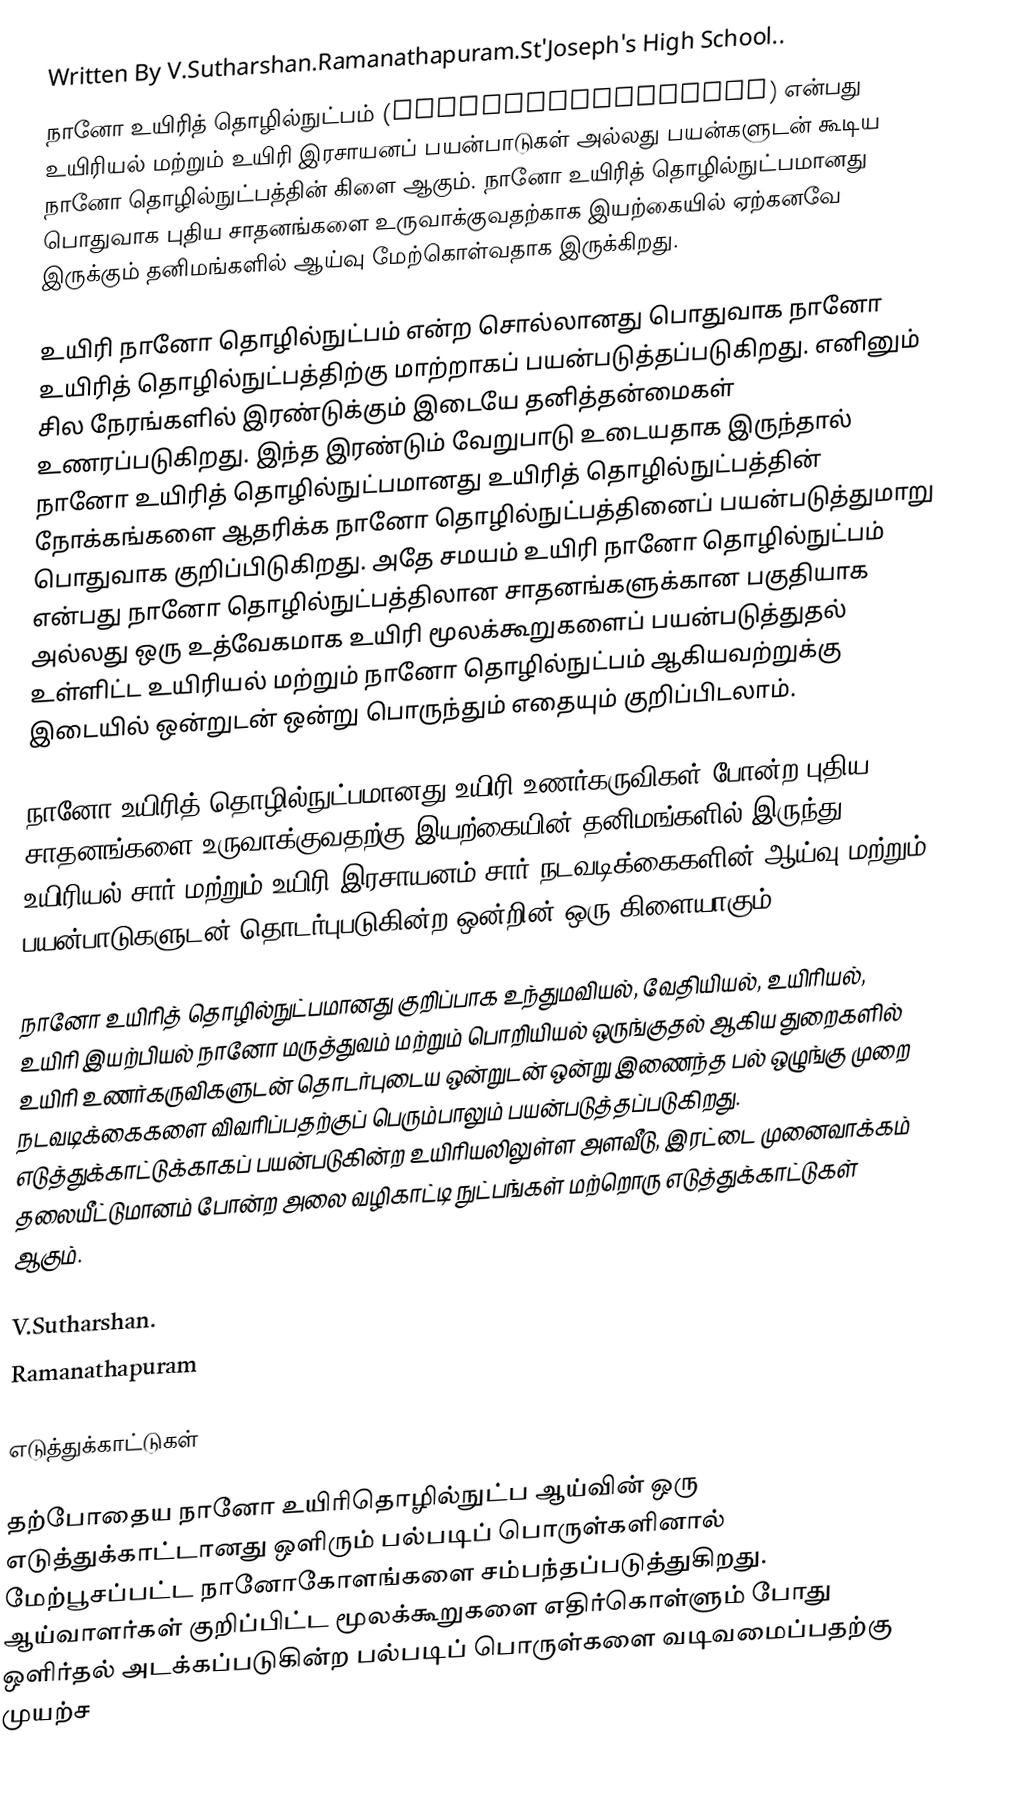
Written By V.Sutharshan.Ramanathapuram.St'Joseph's High School..
நானோ உயிரித் தொழில்நுட்பம் (nanobiotechnology) என்பது உயிரியல் மற்றும் உயிரி இரசாயனப் பயன்பாடுகள் அல்லது பயன்களுடன் கூடிய நானோ தொழில்நுட்பத்தின் கிளை ஆகும். நானோ உயிரித் தொழில்நுட்பமானது பொதுவாக புதிய சாதனங்களை உருவாக்குவதற்காக இயற்கையில் ஏற்கனவே இருக்கும் தனிமங்களில் ஆய்வு மேற்கொள்வதாக இருக்கிறது.

உயிரி நானோ தொழில்நுட்பம் என்ற சொல்லானது பொதுவாக நானோ உயிரித் தொழில்நுட்பத்திற்கு மாற்றாகப் பயன்படுத்தப்படுகிறது. எனினும் சில நேரங்களில் இரண்டுக்கும் இடையே தனித்தன்மைகள் உணரப்படுகிறது. இந்த இரண்டும் வேறுபாடு உடையதாக இருந்தால் நானோ உயிரித் தொழில்நுட்பமானது உயிரித் தொழில்நுட்பத்தின் நோக்கங்களை ஆதரிக்க நானோ தொழில்நுட்பத்தினைப் பயன்படுத்துமாறு பொதுவாக குறிப்பிடுகிறது. அதே சமயம் உயிரி நானோ தொழில்நுட்பம் என்பது நானோ தொழில்நுட்பத்திலான சாதனங்களுக்கான பகுதியாக அல்லது ஒரு உத்வேகமாக உயிரி மூலக்கூறுகளைப் பயன்படுத்துதல் உள்ளிட்ட உயிரியல் மற்றும் நானோ தொழில்நுட்பம் ஆகியவற்றுக்கு இடையில் ஒன்றுடன் ஒன்று பொருந்தும் எதையும் குறிப்பிடலாம்.

நானோ உயிரித் தொழில்நுட்பமானது உயிரி உணர்கருவிகள் போன்ற புதிய சாதனங்களை உருவாக்குவதற்கு இயற்கையின் தனிமங்களில் இருந்து உயிரியல் சார் மற்றும் உயிரி இரசாயனம் சார் நடவடிக்கைகளின் ஆய்வு மற்றும் பயன்பாடுகளுடன் தொடர்புபடுகின்ற ஒன்றின் ஒரு கிளையாகும்.

நானோ உயிரித் தொழில்நுட்பமானது குறிப்பாக உந்துமவியல், வேதியியல், உயிரியல், உயிரி இயற்பியல் நானோ மருத்துவம் மற்றும் பொறியியல் ஒருங்குதல் ஆகிய துறைகளில் உயிரி உணர்கருவிகளுடன் தொடர்புடைய ஒன்றுடன் ஒன்று இணைந்த பல் ஒழுங்கு முறை நடவடிக்கைகளை விவரிப்பதற்குப் பெரும்பாலும் பயன்படுத்தப்படுகிறது. எடுத்துக்காட்டுக்காகப் பயன்படுகின்ற உயிரியலிலுள்ள அளவீடு, இரட்டை முனைவாக்கம் தலையீட்டுமானம் போன்ற அலை வழிகாட்டி நுட்பங்கள் மற்றொரு எடுத்துக்காட்டுகள் ஆகும்.

V.Sutharshan.
Ramanathapuram

எடுத்துக்காட்டுகள்

தற்போதைய நானோ உயிரிதொழில்நுட்ப ஆய்வின் ஒரு எடுத்துக்காட்டானது ஒளிரும் பல்படிப் பொருள்களினால் மேற்பூசப்பட்ட நானோகோளங்களை சம்பந்தப்படுத்துகிறது. ஆய்வாளர்கள் குறிப்பிட்ட மூலக்கூறுகளை எதிர்கொள்ளும் போது ஒளிர்தல் அடக்கப்படுகின்ற பல்படிப் பொருள்களை வடிவமைப்பதற்கு முயற்ச